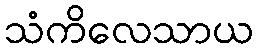
သံကိလေသာယ